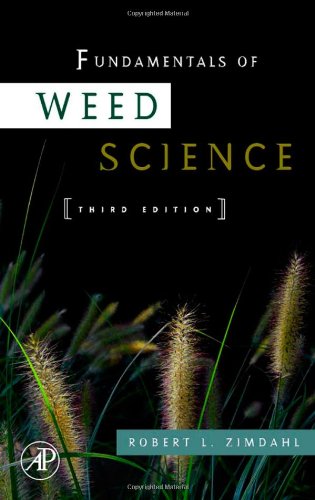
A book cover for Fundamentals of Weed Science, Third Edition; Robert L Zimdahl; Science & Math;